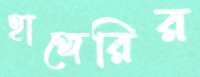
হাঙ্গেরির